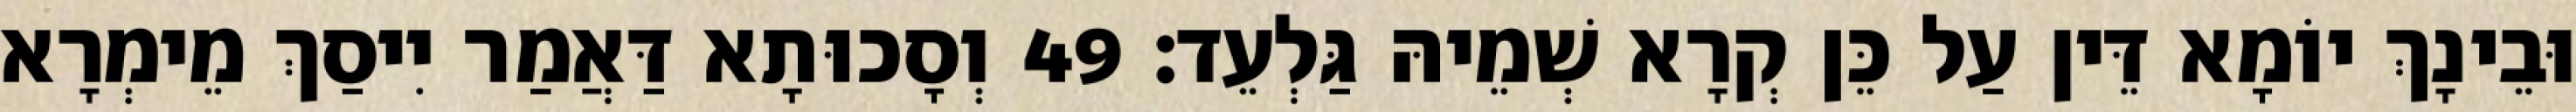
וּבֵינָךְ יוֹמָא דֵּין עַל כֵּן קְרָא שְׁמֵיהּ גַּלְעֵד׃ 49 וְסָכוּתָא דַּאֲמַר יִיסַךְ מֵימְרָא